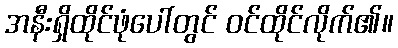
အနီးရှိထိုင်ဖုံပေါ်တွင် ဝင်ထိုင်လိုက်၏။